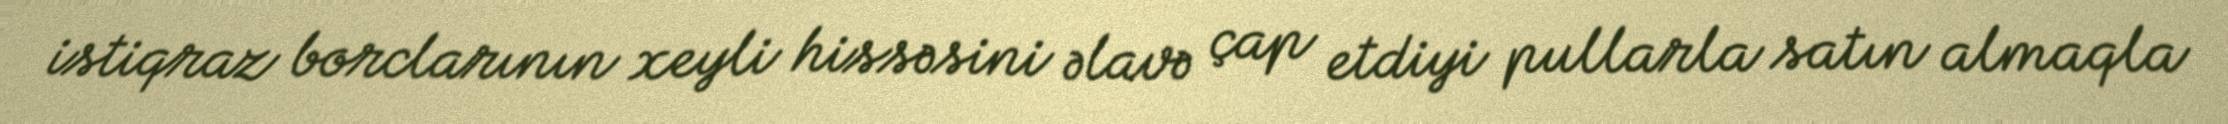
istiqraz borclarının xeyli hissəsini əlavə çap etdiyi pullarla satın almaqla